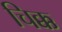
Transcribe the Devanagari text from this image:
चिक्क